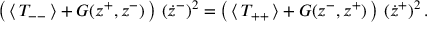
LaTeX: \left( \, \langle \, T _ { -- } \, \rangle + G ( z ^ { + } , z ^ { - } ) \, \right) \, ( \dot { z } ^ { - } ) ^ { 2 } = \left( \, \langle \, T _ { + + } \, \rangle + G ( z ^ { - } , z ^ { + } ) \, \right) \, ( \dot { z } ^ { + } ) ^ { 2 } \, .